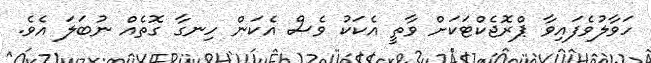
ހަވާލުވެފައިވާ ޕްރޮޖެކްޓަކަށް ވާތީ އެކަކު ވެސް އެކަން ހިނގާ ގޮތެއް ނުބަލަ އެވެ.